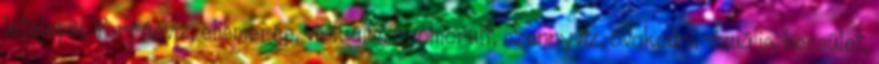
letelepül, forrásvíz, elismerés, virtuális, nyomorult, szennyvíz, óvakodni, vizuális, becsület,